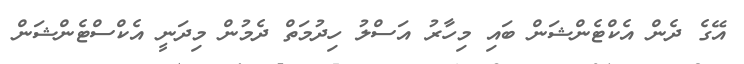
އޭގެ ދެން އެކްޓެންޝަން ބައި މިހާރު އަސްލު ހިދުމަތް ދެމުން މިދަނީ އެކްސްޓެންޝަން